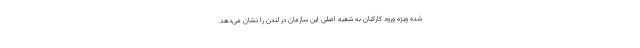
شده ویژه ورود کارکنان به شعبه اصلی این سازمان در لندن را نشان می‌دهد.